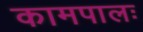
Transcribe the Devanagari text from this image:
कामपालः